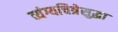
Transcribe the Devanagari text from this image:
व्यंग्यचित्रेसुद्धा